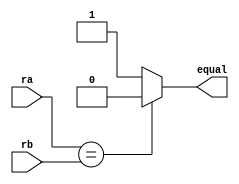
`timescale 1ns / 1ps
//////////////////////////////////////////////////////////////////////////////////
// Company: 
// Engineer: 
// 
// Design Name: 
// Module Name: Cond
// Project Name: 
// Target Devices: 
// Tool Versions: 
// Description: 
// 
// Dependencies: 
// 
// Revision:
// Revision 0.01 - File Created
// Additional Comments:
// 
//////////////////////////////////////////////////////////////////////////////////


module Cond(
    input [31:0] ra,
    input [31:0] rb,
    output equal
    );

    assign equal = (ra == rb)? 0 : 1;

endmodule